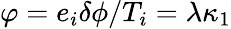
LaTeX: \varphi=e_{i}\delta\phi/T_{i}=\lambda\kappa_{1}